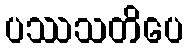
ပဿသတိပေ